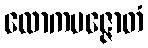
လောကပဇ္ဇောတံ